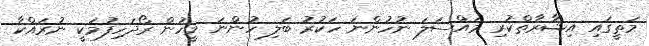
މަތީގައި އިޝާރާތްކުރި މައްސަލަ ނުހުންނަ ހަކުރު ބަލި ހުންނަ މީހުން ރޯދަހިފުމަކީ ނުރައްކާ